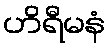
ဟိရီမနံ